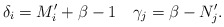
\begin{align*}\delta_i = M'_i + \beta - 1 \quad\gamma_j = \beta - N'_j.\end{align*}